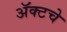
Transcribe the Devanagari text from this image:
ॲक्टचे